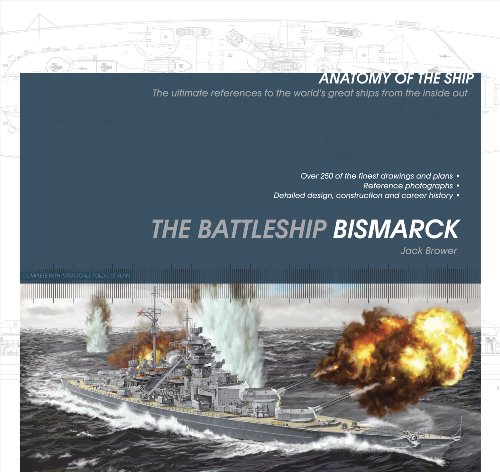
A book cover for The Battleship Bismarck (Anatomy of the Ship); Jack Brower; Engineering & Transportation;